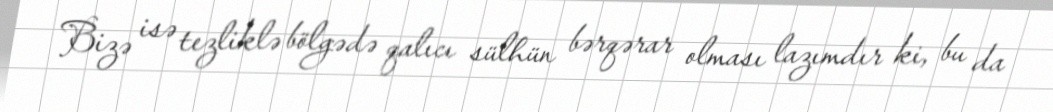
Bizə isə tezliklə bölgədə qalıcı sülhün bərqərar olması lazımdır ki, bu da